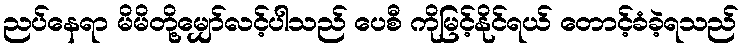
ညပ်နေရာ မိမိတို့မျှော်လင့်ပါသည် ပေစီ ကိုမြင့်နိုင်ရယ် တောင့်ခံခဲ့ရသည်